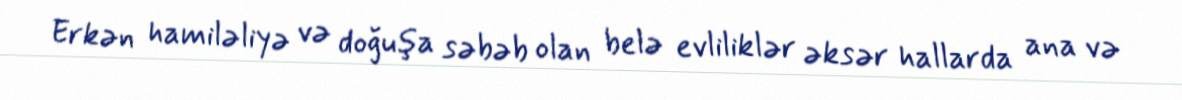
Erkən hamiləliyə və doğuşa səbəb olan belə evliliklər əksər hallarda ana və